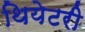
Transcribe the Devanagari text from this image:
थियेटरी